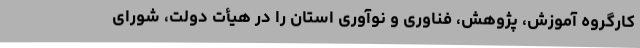
کارگروه آموزش، پژوهش، فناوری و نوآوری استان را در هیأت دولت، شورای